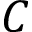
C